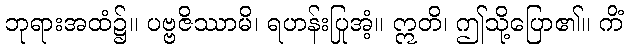
ဘုရားအထံ၌။ ပဗ္ဗဇိဿာမိ၊ ရဟန်းပြုအံ့။ ဣတိ၊ ဤသို့ပြော၏။ ကိံ